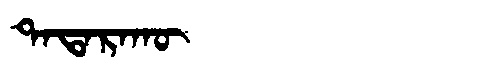
Manchu: ᡨᠠᡨᠠᡵᠠᡴᡡ
Romanization: TATARAKŪ